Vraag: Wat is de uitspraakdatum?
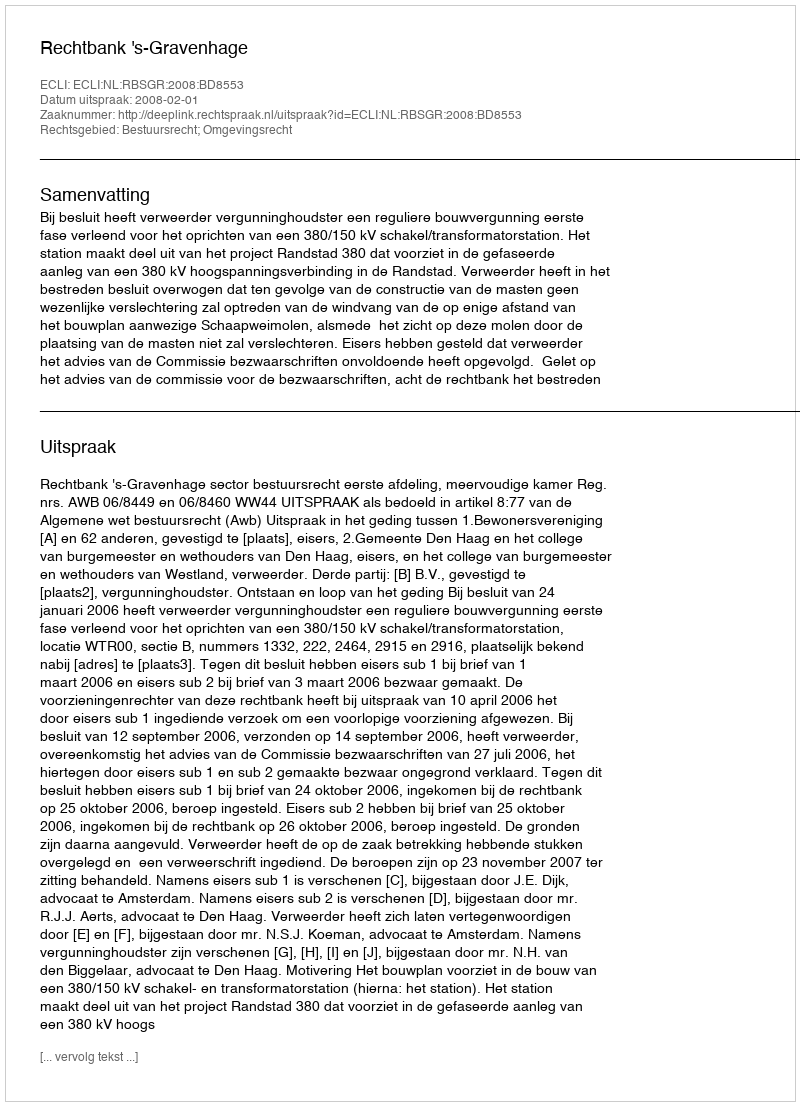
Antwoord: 2008-02-01